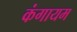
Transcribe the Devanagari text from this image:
कंगायम